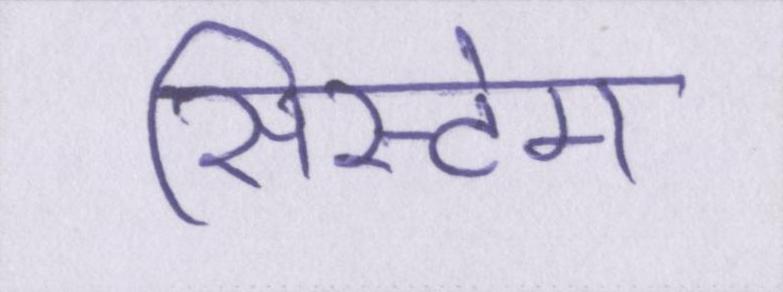
सिस्टेम